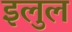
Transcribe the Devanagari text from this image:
इलुल